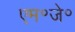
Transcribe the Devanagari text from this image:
एम॰जे॰